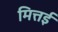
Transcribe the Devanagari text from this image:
मित्तई